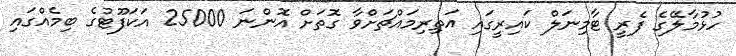
ހުޅުމާލޭގެ ފެރީ ޓާމިނަލް ކައިރީގައި އަތިރިމައްޗަށްވާ ގޮތަށް އޮންނަ 25000 އަކަފޫޓުގެ ބިމެއްގައި